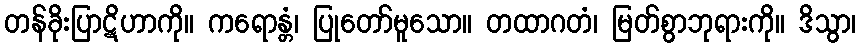
တန်ခိုးပြာဋိဟာကို။ ကရောန္တံ၊ ပြုတော်မူသော။ တထာဂတံ၊ မြတ်စွာဘုရားကို။ ဒိသွာ၊